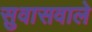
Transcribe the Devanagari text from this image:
सुवासवाले